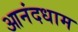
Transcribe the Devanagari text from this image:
आनंदधाम